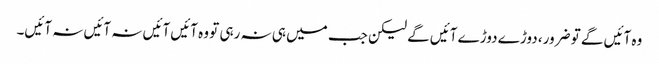
وہ آئیں گے تو ضرور، دوڑے دوڑے آئیں گے لیکن جب میں ہی نہ رہی تو وہ آئیں آئیں نہ آئیں نہ آئیں۔